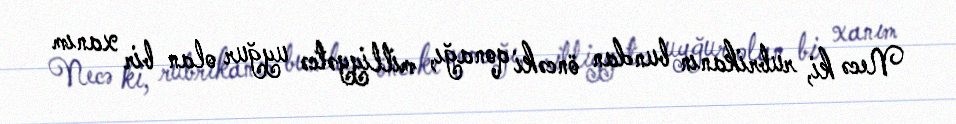
Necə ki, rubrikanın bundan öncəki qonağı, milliyyətcə uyğur olan bir xanım